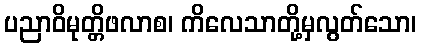
ပညာဝိမုတ္တိဖလာစ၊ ကိလေသာတို့မှလွတ်သော၊